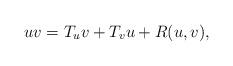
LaTeX: \begin{align*} u v = T_u v+ T_v u + R(u,v),\end{align*}